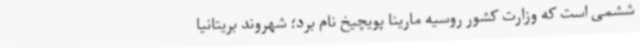
ششمی است که وزارت کشور روسیه مارینا پویچیخ نام برد؛ شهروند بریتانیا